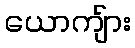
ယောကျ်ား